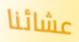
عشائنا